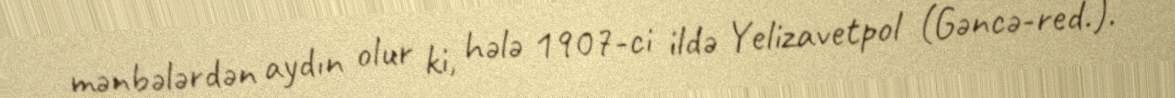
mənbələrdən aydın olur ki, hələ 1907-ci ildə Yelizavetpol (Gəncə-red.).